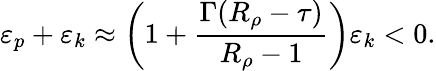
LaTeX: \varepsilon_{p}+\varepsilon_{k}\approx\left(1+\frac{\Gamma(R_{\rho}-\tau)}{R_{\rho}-1}\right)\varepsilon_{k}<0.